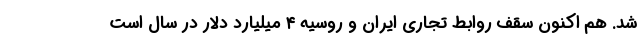
شد. هم اکنون سقف روابط تجاری ایران و روسیه ۴ میلیارد دلار در سال است